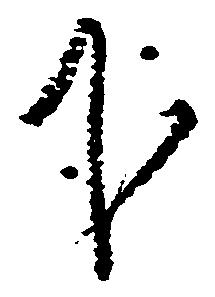
下